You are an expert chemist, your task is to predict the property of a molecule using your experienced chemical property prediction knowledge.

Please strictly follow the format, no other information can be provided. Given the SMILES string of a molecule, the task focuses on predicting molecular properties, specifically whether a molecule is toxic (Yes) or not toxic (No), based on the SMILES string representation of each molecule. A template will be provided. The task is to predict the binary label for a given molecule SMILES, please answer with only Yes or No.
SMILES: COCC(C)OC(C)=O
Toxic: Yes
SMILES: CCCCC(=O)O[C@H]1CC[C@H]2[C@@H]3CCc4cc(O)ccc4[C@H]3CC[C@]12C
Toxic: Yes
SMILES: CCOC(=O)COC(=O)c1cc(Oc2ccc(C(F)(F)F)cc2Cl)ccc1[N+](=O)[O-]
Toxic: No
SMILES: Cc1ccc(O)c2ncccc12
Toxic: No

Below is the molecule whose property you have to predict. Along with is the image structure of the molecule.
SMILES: CS(C)=O
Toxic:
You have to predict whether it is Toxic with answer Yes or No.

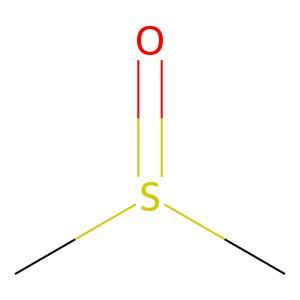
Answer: No